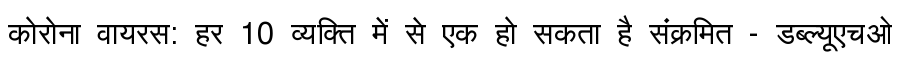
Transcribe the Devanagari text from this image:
कोरोना वायरस: हर 10 व्यक्ति में से एक हो सकता है संक्रमित - डब्ल्यूएचओ